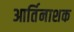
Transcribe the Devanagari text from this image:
आर्तिनाशक